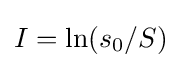
I=\ln(s_{0}/S)